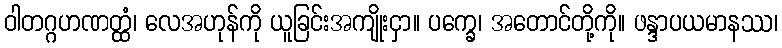
ဝါတဂ္ဂဟဏတ္ထံ၊ လေအဟုန်ကို ယူခြင်းအကျိုးငှာ။ ပက္ခေ၊ အတောင်တို့ကို။ ဖန္ဒာပယမာနဿ၊